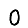
Digit: 0